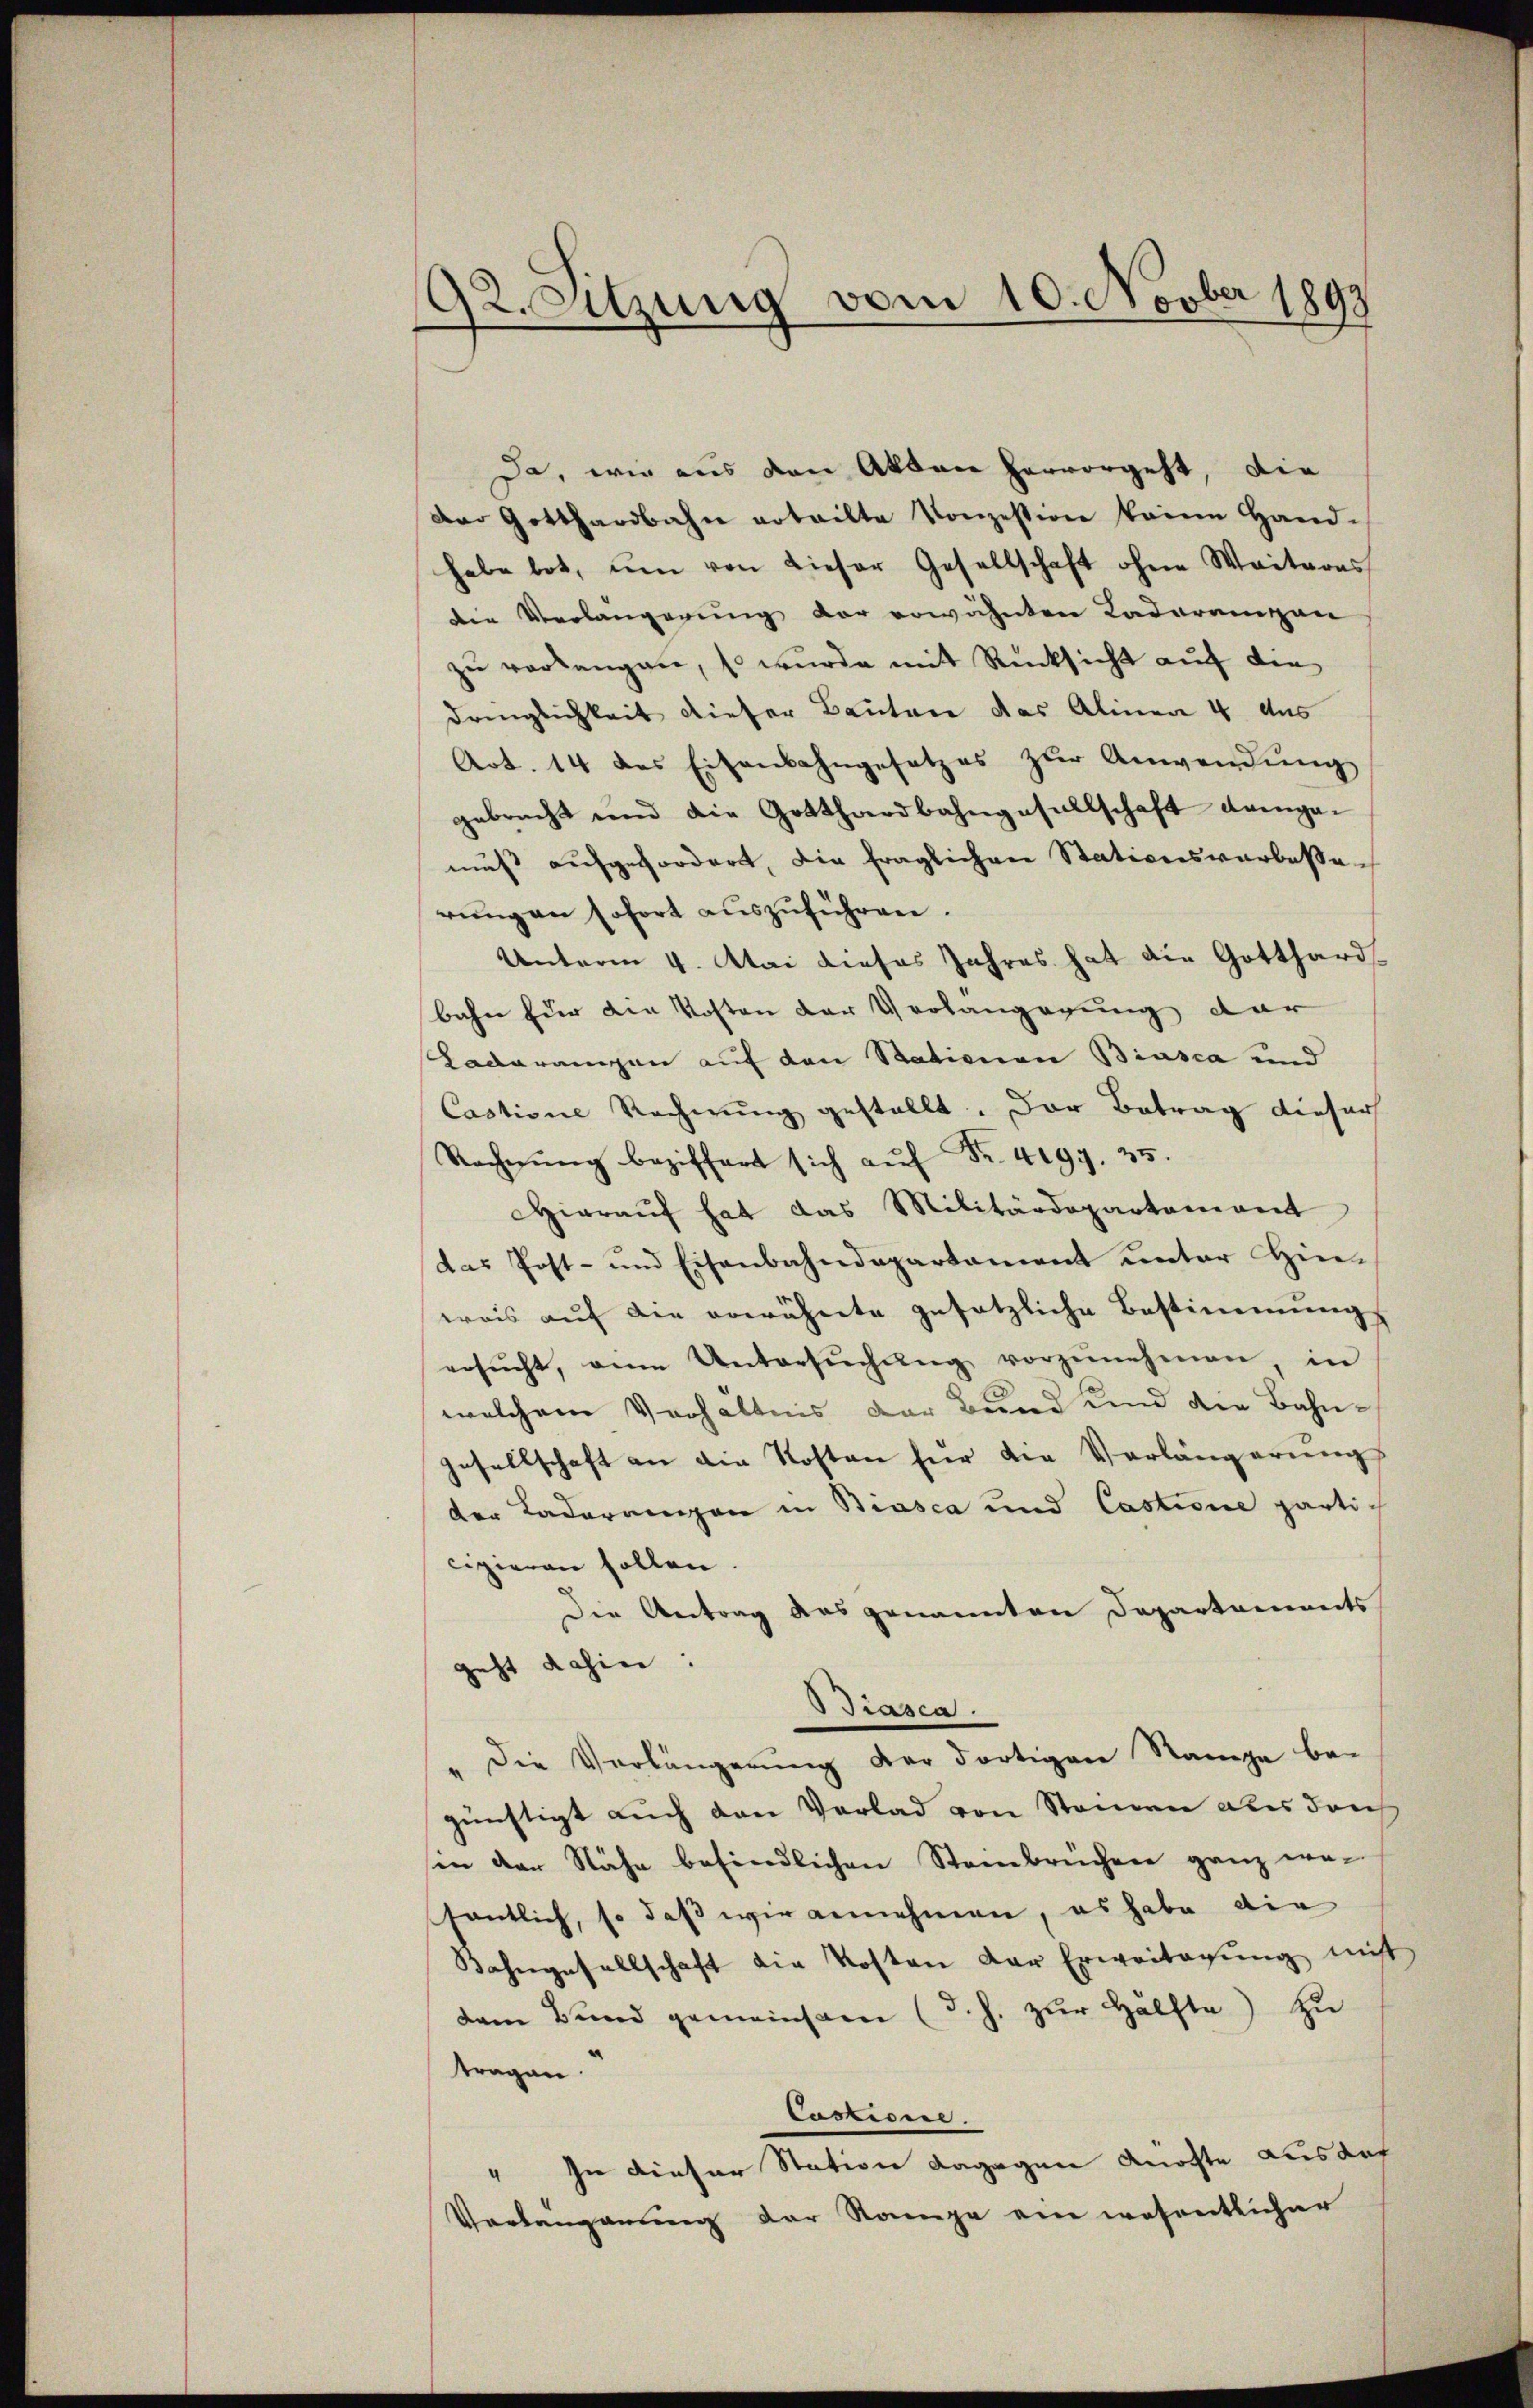
92. Sitzung vom 10. Novber 1892

Da, wie aus den Akten hervorgeht, die
Der Gotthardbahn erteilte Konzession keine Hand-
habe bot, ŭm von dieser Gesellschaft ohne Weiteres
die Verlängerung der erwähnten Kadorangen
zŭ verlangen, so wurde mit Rücksicht auf die
dringlichkeit dieser Bauten das Alinea 4 das
Art. 14 des Eisenbahngesetzes zŭr Anwendŭng
gebracht und die Gotthardbahngesellschaft dagemuß aufgefordert, die fraglichen Stationsverbessen
rŭng an sofort aŭszŭführen.
Unterm 4. Mai dieses Jahres hat die Gotthards
bahn fuer den Kosten der Grolangegung dar
Kadarangen auf den Stationen Biasca und
Cactione Rechnung gestellt. Der Betrag dieser
Rechnŭng beziffert sich aŭf Fr. 4097. 35.
Hierauf hat das Militärdepartement
das Post- und Eisenbahndepartament unter Hinwais auf die erwähnte gesetzliche Bestimmungs
ersŭcht, eine Untersŭchŭng vorzŭnehmen, in
welchem Verhältnis der Bund und die Bahnjesellschaft an die Kosten für die Vorlängerung
der Taderangen in Strasca und Castione partic
cipieren sollen
Die Antrag das genannten Departements
geht dahin:
Biasca.
" die Verlängerŭng der dortigen Rampe bei
günstigt auch den Vorlad von Steien aber dan
sin der Nähe befindlichen Stambrüchen ganz we-
sentlich, so daß wir annehmen, es habe die
Bahngesellschaft die Kosten der Erweitagŭng nicht
dem Bŭnd gemeinsam (d. h. zŭr Hälfte) zŭ
tragen.
Coszione.
In dieser Station dagegen Knochte aus auc
4
Verlangerung der Range ein wesentlicher